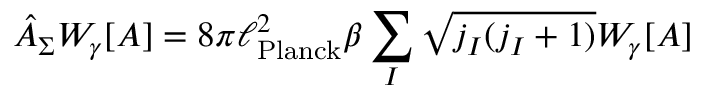
{ \hat { A } } _ { \Sigma } W _ { \gamma } [ A ] = 8 \pi \ell _ { \mathrm { P l a n c k } } ^ { 2 } \beta \sum _ { I } { \sqrt { j _ { I } ( j _ { I } + 1 ) } } W _ { \gamma } [ A ]